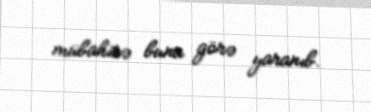
mübahisə buna görə yaranıb.